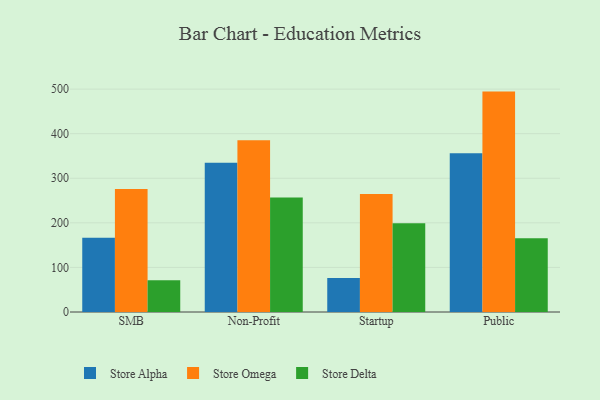
{"axis": {"x": "Segment", "y": "Headcount"}, "legend": ["Store Alpha", "Store Delta", "Store Omega"], "data": [{"x": "SMB", "y": 166.6, "type": "Store Alpha"}, {"x": "SMB", "y": 275.7, "type": "Store Omega"}, {"x": "SMB", "y": 71.5, "type": "Store Delta"}, {"x": "Non-Profit", "y": 334.9, "type": "Store Alpha"}, {"x": "Non-Profit", "y": 385.2, "type": "Store Omega"}, {"x": "Non-Profit", "y": 256.7, "type": "Store Delta"}, {"x": "Startup", "y": 76.1, "type": "Store Alpha"}, {"x": "Startup", "y": 264.6, "type": "Store Omega"}, {"x": "Startup", "y": 199.0, "type": "Store Delta"}, {"x": "Public", "y": 356.2, "type": "Store Alpha"}, {"x": "Public", "y": 494.4, "type": "Store Omega"}, {"x": "Public", "y": 165.6, "type": "Store Delta"}]}